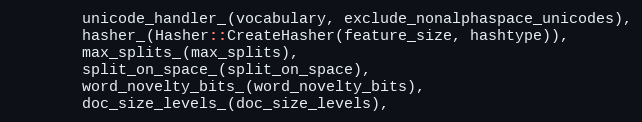
Language: C++
        unicode_handler_(vocabulary, exclude_nonalphaspace_unicodes),
        hasher_(Hasher::CreateHasher(feature_size, hashtype)),
        max_splits_(max_splits),
        split_on_space_(split_on_space),
        word_novelty_bits_(word_novelty_bits),
        doc_size_levels_(doc_size_levels),